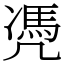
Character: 凴